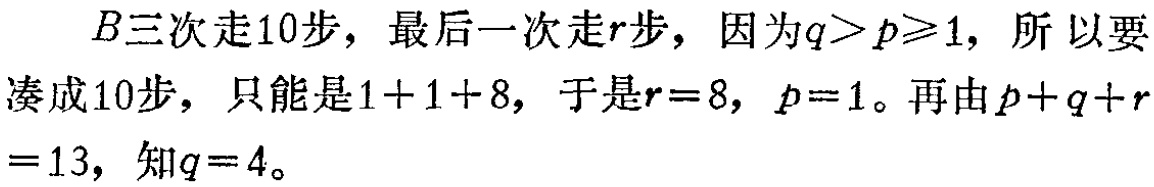
\(B\)三次走10步，最后一次走\(r\)步，因为\(q > p\geqslant1\)，所以要凑成10步，只能是\(1 + 1 + 8\)，于是\(r = 8\)，\(p = 1\)。再由\(p + q + r=13\)，知\(q = 4\)。